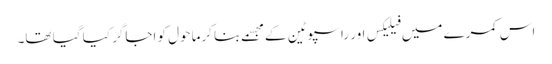
اس کمرے میں فیلیکس اور راسپوٹین کے مجسمے بنا کرماحول کو اجاگر کیا گیا تھا۔